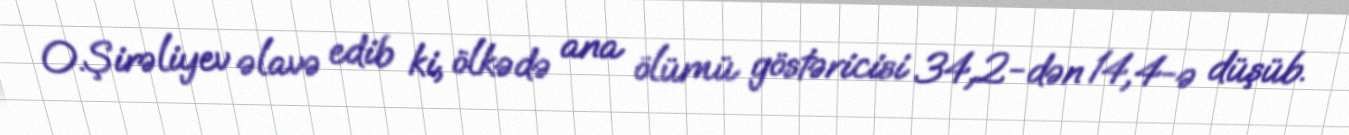
O.Şirəliyev əlavə edib ki, ölkədə ana ölümü göstəricisi 34,2-dən 14,4-ə düşüb.